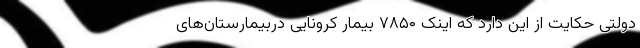
دولتی حکایت از این دارد که اینک ۷۸۵۰ بیمار کرونایی دربیمارستان‌های